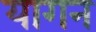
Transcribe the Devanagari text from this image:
यागन